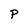
Character: p